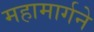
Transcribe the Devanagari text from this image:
महामार्गने